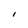
Character: I